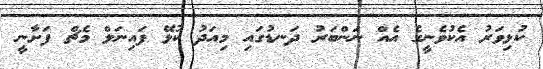
ކުޅިވަރު އެކުވެނީގެ އެއް ނަންބަރު ދަނޑުގައި މިއަދު ކުޅޭ ފައިނަލް މެޗް ފަށާނީ